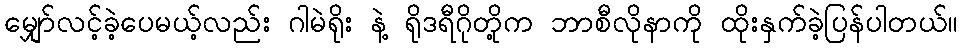
မျှော်လင့်ခဲ့ပေမယ့်လည်း ဂါမဲရိုး နဲ့ ရိုဒရီဂိုတို့က ဘာစီလိုနာကို ထိုးနှက်ခဲ့ပြန်ပါတယ်။